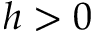
h > 0